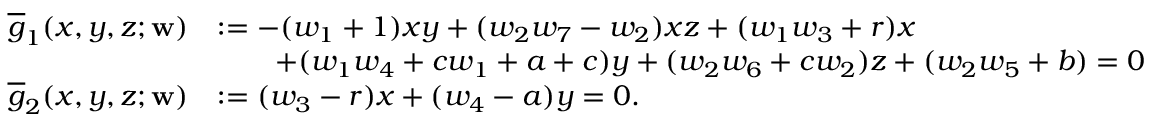
\begin{array} { r l } { \overline { { g } } _ { 1 } ( x , y , z ; \mathbf { w } ) } & { : = - ( w _ { 1 } + 1 ) x y + ( w _ { 2 } w _ { 7 } - w _ { 2 } ) x z + ( w _ { 1 } w _ { 3 } + r ) x } \\ & { \qquad + ( w _ { 1 } w _ { 4 } + c w _ { 1 } + a + c ) y + ( w _ { 2 } w _ { 6 } + c w _ { 2 } ) z + ( w _ { 2 } w _ { 5 } + b ) = 0 } \\ { \overline { { g } } _ { 2 } ( x , y , z ; \mathbf { w } ) } & { : = ( w _ { 3 } - r ) x + ( w _ { 4 } - a ) y = 0 . } \end{array}